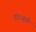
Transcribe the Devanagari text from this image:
डॉटस्‌ची